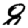
Digit: 8